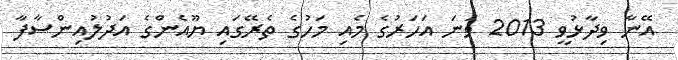
އޭނާ ވިދާޅުވީ 2013 ވަނަ އަހަރުގެ މެއި މަހުގެ ތެރޭގައި ޔޫއެންގެ އަދުލުއިންސާފާ